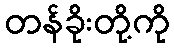
တန်ခိုးတို့ကို